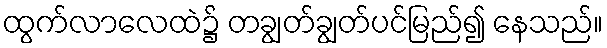
ထွက်လာလေထဲ၌ တချွတ်ချွတ်ပင်မြည်၍ နေသည်။